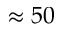
\approx 5 0